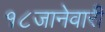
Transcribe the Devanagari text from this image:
१८जानेवारी